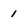
Character: 1